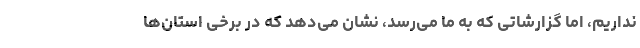
نداریم، اما گزارشاتی که به ما می‌رسد، نشان می‌دهد که در برخی استان‌ها